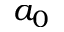
a _ { 0 }